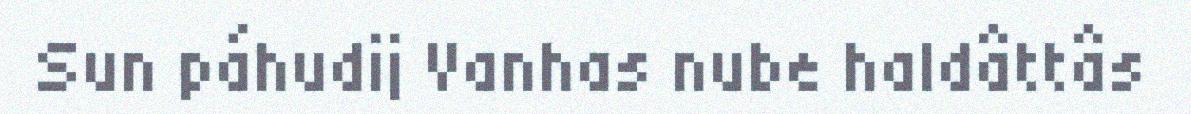
Sun páhudij Vanhas nube haldâttâs